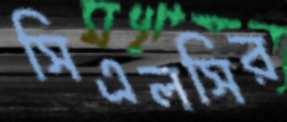
সিএলসির